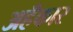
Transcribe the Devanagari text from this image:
अहँकार